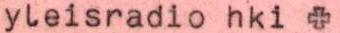
yleisradio hki +